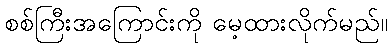
စစ်ကြီးအကြောင်းကို မေ့ထားလိုက်မည်။